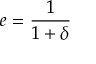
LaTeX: e = { \frac { 1 } { 1 + \delta } }